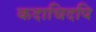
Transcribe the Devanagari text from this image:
कदाचिदपि